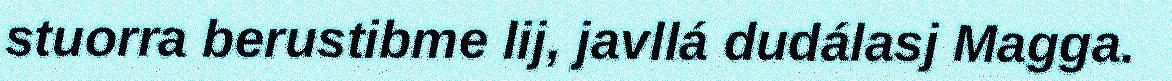
stuorra berustibme lij, javllá dudálasj Magga.